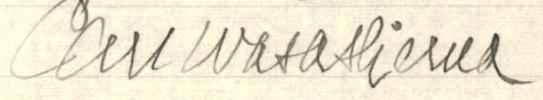
Carl Wasastjerna